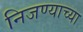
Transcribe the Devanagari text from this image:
निजण्याच्या